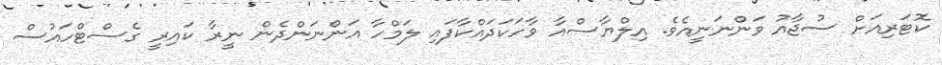
ކޮޓަރިއަށް ސުޖާއު ވަންނަނީއެވެ. އިލްޔާސްއާ ވާހަކަދައްކާފައި ލަމްހާ އަންނަންދެން ނީރާ ކައިރީ ގެސްޓްހައުސް